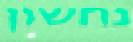
נחשון